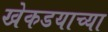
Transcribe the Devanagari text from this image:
खेकडयाच्या